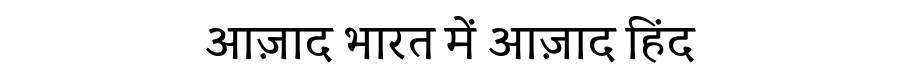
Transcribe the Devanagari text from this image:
आज़ाद भारत में आज़ाद हिंद